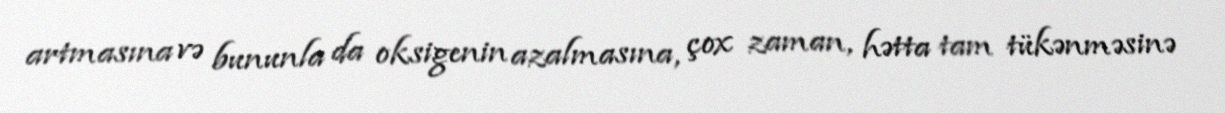
artmasına və bununla da oksigenin azalmasına, çox zaman, hətta tam tükənməsinə